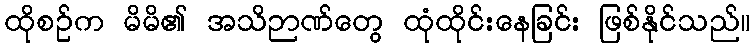
ထိုစဉ်က မိမိ၏ အသိဉာဏ်တွေ ထုံထိုင်းနေခြင်း ဖြစ်နိုင်သည်။